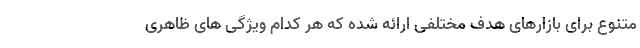
متنوع برای بازارهای هدف مختلفی ارائه شده که هر کدام ویژگی های ظاهری